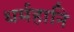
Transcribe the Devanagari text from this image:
धर्महानि